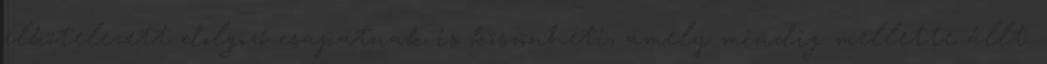
elkötelezett dolgozó csapatnak is köszönheti, amely mindig mellette állt.